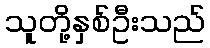
သူတို့နှစ်ဦးသည်